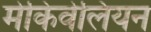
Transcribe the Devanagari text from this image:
मेकिवेलियन